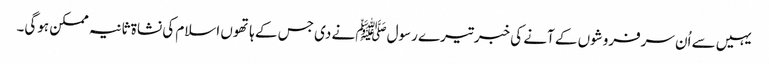
یہیں سے اُن سرفروشوں کے آنے کی خبر تیرے رسولﷺ نے دی جس کے ہاتھوں اسلام کی نشاۃ ثانیہ ممکن ہوگی۔